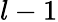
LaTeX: l-1